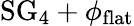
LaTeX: \mathrm{SG}_{4}+\phi_{\mathrm{flat}}